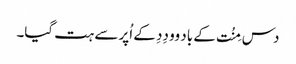
دس مِنُت کے باد وو دِدِ کے اُپر سے ہت گیا۔